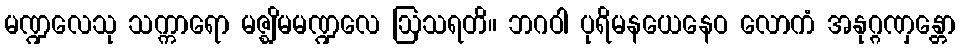
မဏ္ဍလေသု သက္ကာရော မဇ္ဈိမမဏ္ဍလေ ဩသရတိ။ ဘဂဝါ ပုရိမနယေနေဝ လောကံ အနုဂ္ဂဏှန္တော